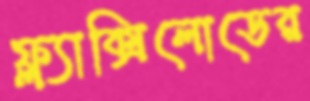
ফ্ল্যাক্সিলোডের